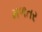
મળતર